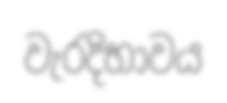
වැරදිභාවය